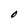
Character: O